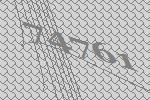
74761